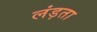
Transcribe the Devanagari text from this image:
लंड़ता